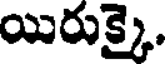
యిరుక్కై.